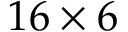
1 6 \times 6